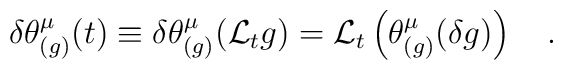
\delta\theta_{(g)}^\mu(t)\equiv\delta \theta_{(g)}^\mu({\cal L}_t g)={\cal L}_t\left(\theta_{(g)}^\mu(\delta g)\right)~~~.